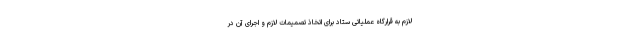
لازم به قرارگاه عملیاتی ستاد برای اتخاذ تصمیمات لازم و اجرای آن در